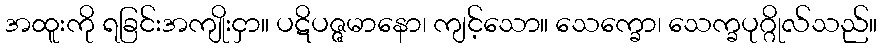
အထူးကို ရခြင်းအကျိုးငှာ။ ပဋိပဇ္ဇမာနော၊ ကျင့်သော။ သေက္ခော၊ သေက္ခပုဂ္ဂိုလ်သည်။